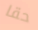
حقا